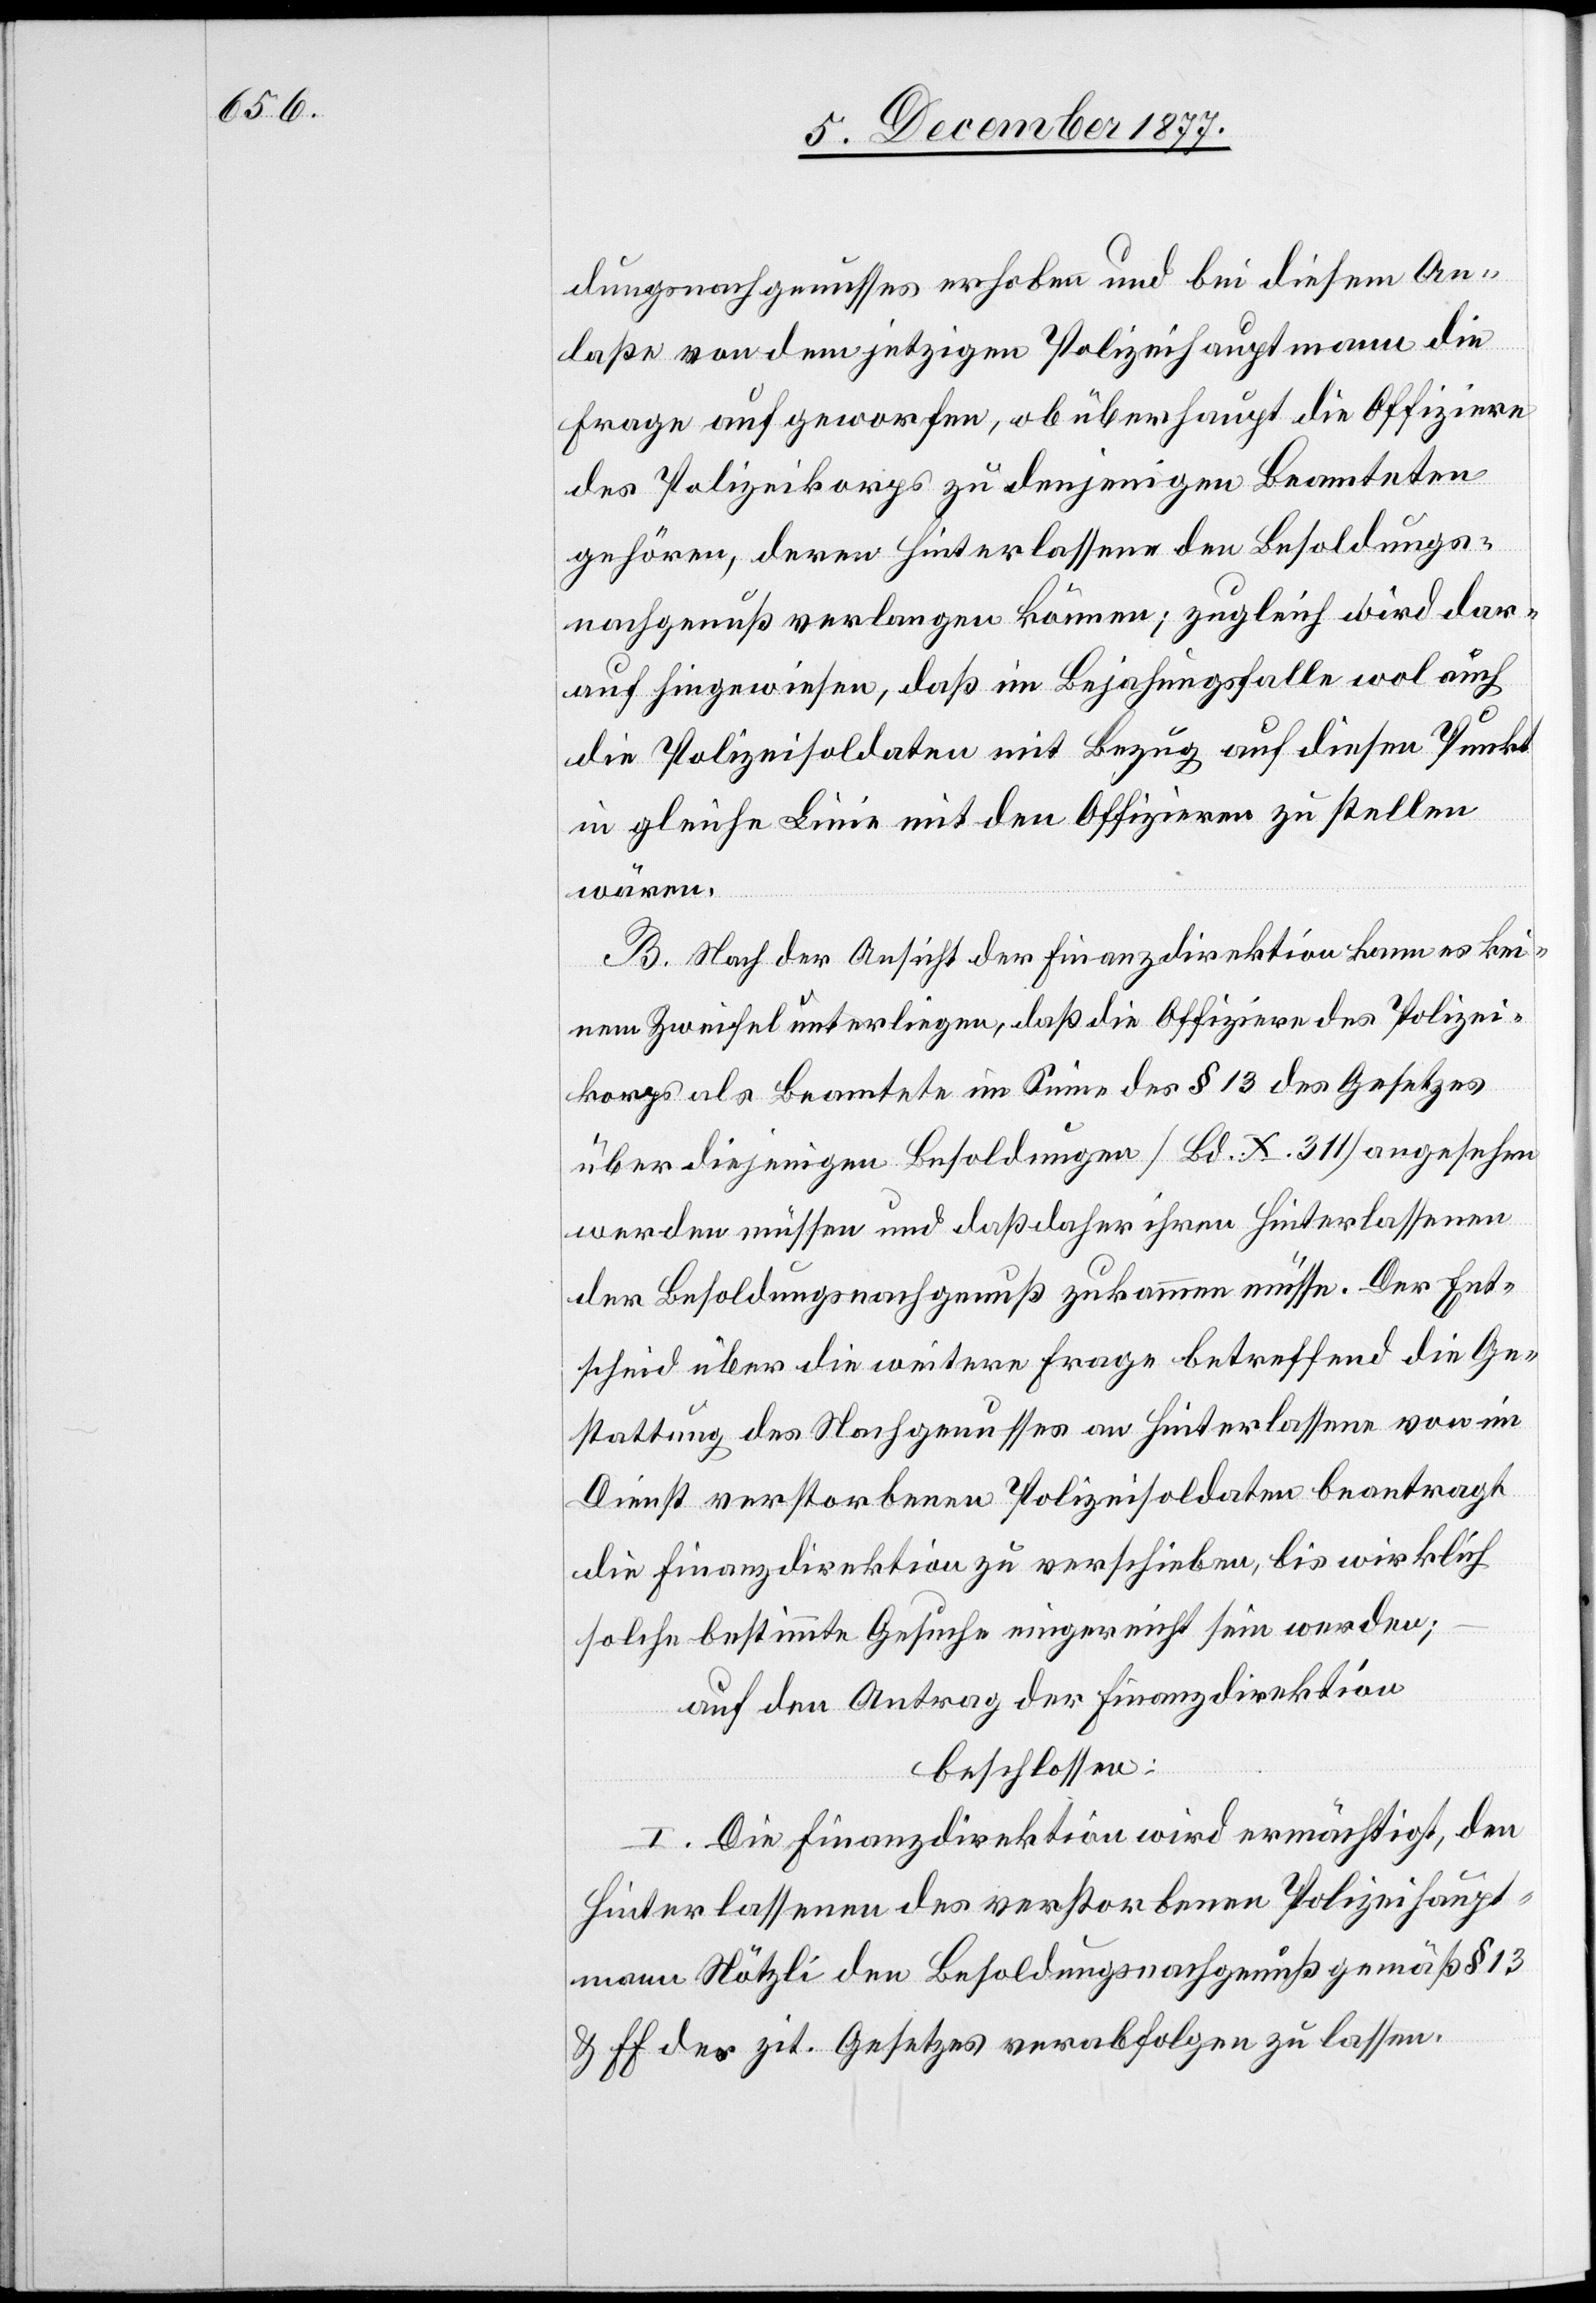
dungsnachgenusses erhoben und bei diesem An¬
laße von dem jetzigen Polizeihauptmann die
Frage aufgeworfen, ob überhaupt die Offiziere
des Polizeikorps zu denjenigen Beamteten
gehören, deren Hinterlassene den Besoldungs¬
nachgenuß verlangen können; zugleich wird dar¬
auf hingewiesen, daß im Bejahungsfalle wol auch
die Polizeisoldaten mit Bezug auf diesen Punkt
in gleiche Linie mit den Offizieren zu stellen
wären.
B. Nach der Ansicht der Finanzdirektion kann es kei¬
nem Zweifel unterliegen, daß die Offiziere des Polizei¬
korps als Beamtete im Sinne des § 13 des Gesetzes
über diejenigen Besoldungen [Bd. X. 311] angesehen
werden müssen und daß daher ihren Hinterlassenen
der Besoldungsnachgenuß zukommen müsse. Der Ent¬
scheid über die weitere Frage betreffend die Ge¬
stattung des Nachgenusses an Hinterlassene von im
Dienst verstorbenen Polizeisoldaten beantragt
die Finanzdirektion zu verschieben, bis wirklich
solche bestimmte Gesuche eingereicht sein werden;
auf den Antrag der Finanzdirektion
beschlossen:
I. Die Finanzdirektion wird ermächtigt, den
Hinterlassenen des verstorbenen Polizeihaupt¬
mann Nötzli den Besoldungsnachgenuß gemäß § 13
& ff. des zit. Gesetzes verabfolgen zu lassen.